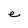
Character: e